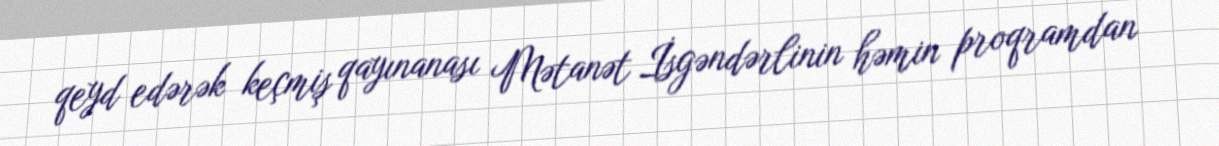
qeyd edərək keçmiş qayınanası Mətanət İsgəndərlinin həmin proqramdan